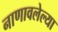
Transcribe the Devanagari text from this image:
नाणावलेल्या